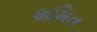
શમિત